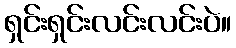
ရှင်းရှင်းလင်းလင်းပဲ။